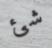
شئ